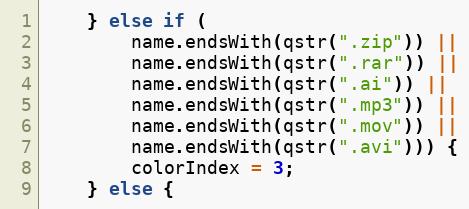
Language: C++
	} else if (
		name.endsWith(qstr(".zip")) ||
		name.endsWith(qstr(".rar")) ||
		name.endsWith(qstr(".ai")) ||
		name.endsWith(qstr(".mp3")) ||
		name.endsWith(qstr(".mov")) ||
		name.endsWith(qstr(".avi"))) {
		colorIndex = 3;
	} else {